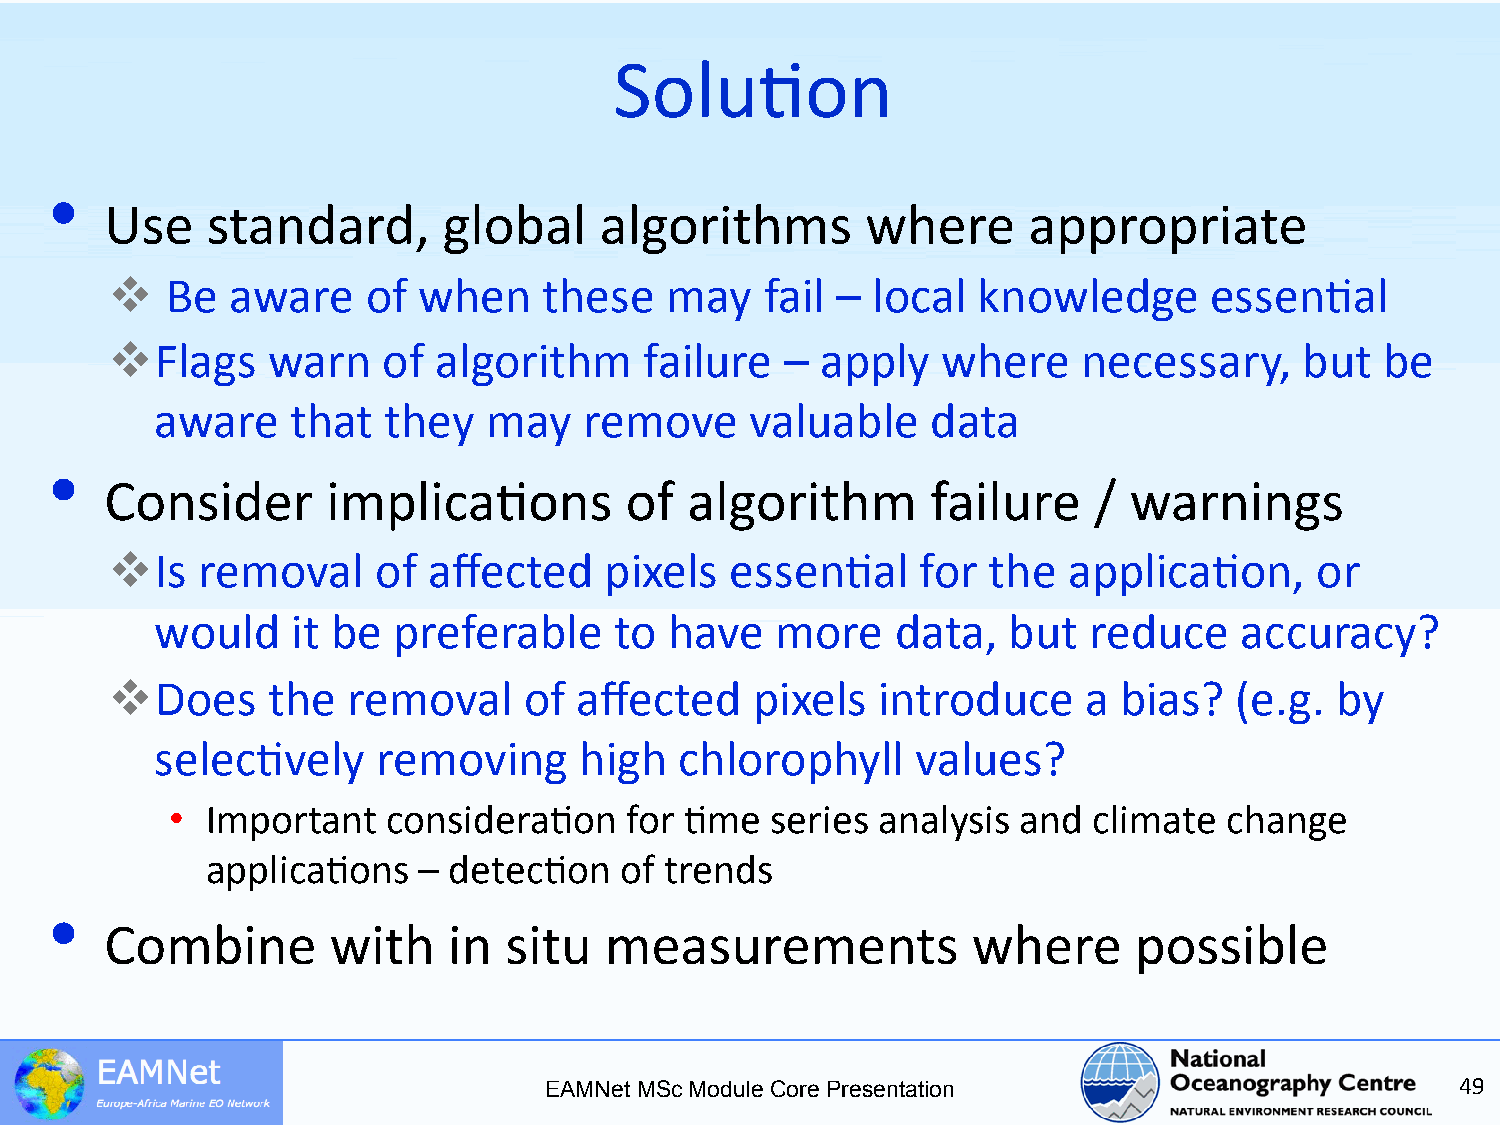
Solu5on
 •
 Use    standard,      global     algorithms       where      appropriate
    Be  aware    of  when    these   may    fail – local  knowledge      essen5al
   Flags   warn   of  algorithm     failure  – apply   where     necessary,    but   be
 aware    that  they   may    remove     valuable    data
 •
 Consider       implica5ons        of  algorithm        failure   /  warnings
   Is removal     of affected    pixels  essen5al     for the   applica5on,     or
 would    it be  preferable     to have   more    data,   but  reduce    accuracy?
   Does    the  removal     of affected    pixels  introduce     a bias?   (e.g. by
 selec5vely     removing     high   chlorophyll     values?
 •  Important   considera5on   for 5me   series analysis and  climate  change
 applica5ons   – detec5on   of trends
 •
 Combine        with    in situ   measurements            where      possible
 EAMNet MSc Module Core Presentation                          49